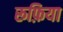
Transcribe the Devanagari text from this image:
रूफ़िया